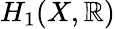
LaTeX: H_{1}(X,\mathbb{R})